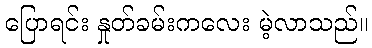
ပြောရင်း နှုတ်ခမ်းကလေး မဲ့လာသည်။